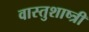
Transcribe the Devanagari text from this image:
वास्तुशाष्त्री